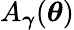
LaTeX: A_{\boldsymbol{{\gamma}}}(\boldsymbol{\theta})